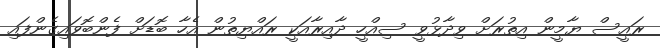
ރައީސް ޔާމީން އިތުރަށް ވިދާޅުވީ ސިއްހީ ދާއިރާއަކީ ރައްޔިތުން އެހާ ބޮޑަށް ފެންބޮވައިގެންފައި